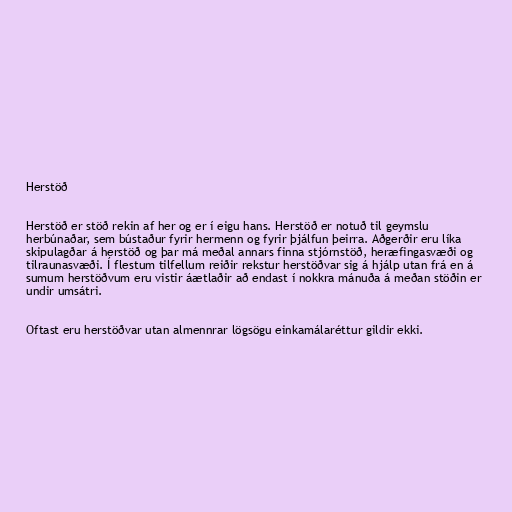
Herstöð

Herstöð er stöð rekin af her og er í eigu hans. Herstöð er notuð til geymslu
herbúnaðar, sem bústaður fyrir hermenn og fyrir þjálfun þeirra. Aðgerðir eru líka
skipulagðar á herstöð og þar má meðal annars finna stjórnstöð, heræfingasvæði og
tilraunasvæði. Í flestum tilfellum reiðir rekstur herstöðvar sig á hjálp utan frá en á
sumum herstöðvum eru vistir áætlaðir að endast í nokkra mánuða á meðan stöðin er
undir umsátri.

Oftast eru herstöðvar utan almennrar lögsögu einkamálaréttur gildir ekki.